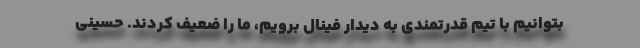
بتوانیم با تیم قدرتمندی به دیدار فینال برویم، ما را ضعیف کردند. حسینی